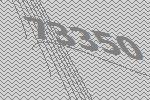
73350